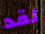
لقد